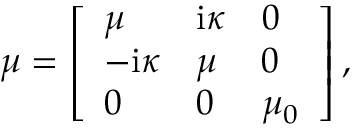
\begin{array} { r } { \mu = \left[ \begin{array} { l l l } { \mu } & { \mathrm { i } \kappa } & { 0 } \\ { - \mathrm { i } \kappa } & { \mu } & { 0 } \\ { 0 } & { 0 } & { \mu _ { 0 } } \end{array} \right] , } \end{array}